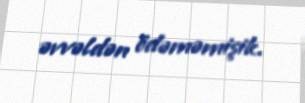
əvvəldən ödəməmişik.